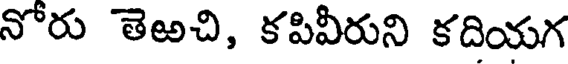
నోరు తెఱచి, కపివీరుని కదియగ